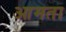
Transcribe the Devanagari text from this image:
आमता